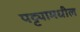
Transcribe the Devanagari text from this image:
पट्ट्यामधील